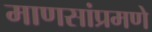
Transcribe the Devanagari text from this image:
माणसांप्रमणे